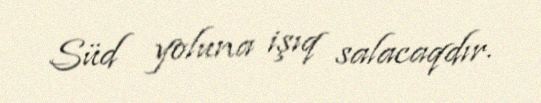
Süd yoluna işıq salacaqdır.